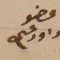
عضو داود عسى